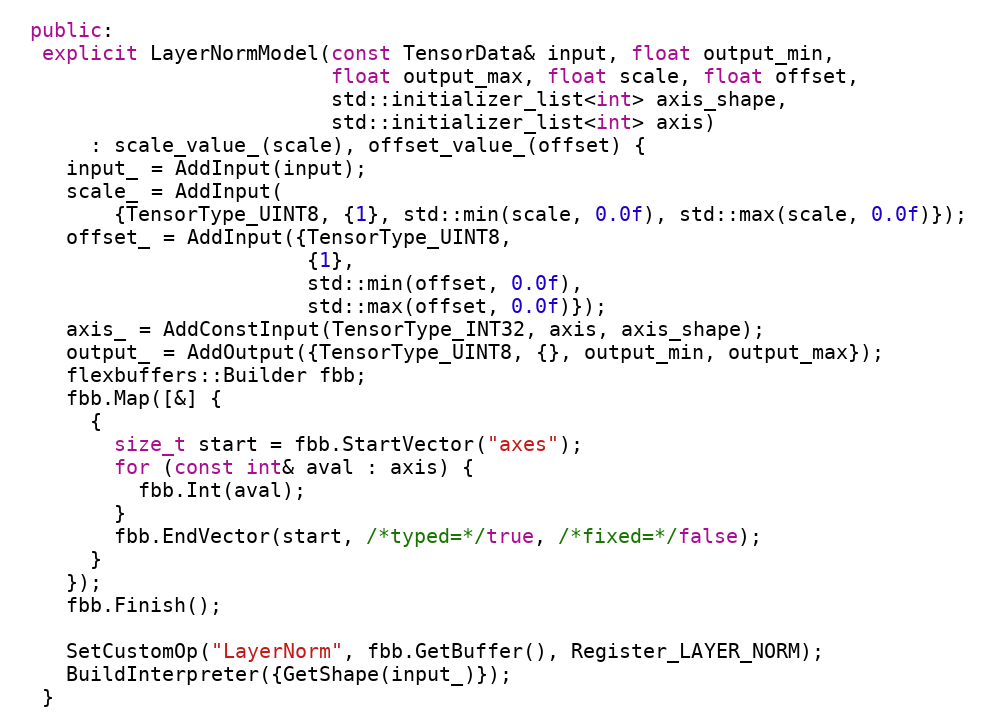
Language: C++
 public:
  explicit LayerNormModel(const TensorData& input, float output_min,
                          float output_max, float scale, float offset,
                          std::initializer_list<int> axis_shape,
                          std::initializer_list<int> axis)
      : scale_value_(scale), offset_value_(offset) {
    input_ = AddInput(input);
    scale_ = AddInput(
        {TensorType_UINT8, {1}, std::min(scale, 0.0f), std::max(scale, 0.0f)});
    offset_ = AddInput({TensorType_UINT8,
                        {1},
                        std::min(offset, 0.0f),
                        std::max(offset, 0.0f)});
    axis_ = AddConstInput(TensorType_INT32, axis, axis_shape);
    output_ = AddOutput({TensorType_UINT8, {}, output_min, output_max});
    flexbuffers::Builder fbb;
    fbb.Map([&] {
      {
        size_t start = fbb.StartVector("axes");
        for (const int& aval : axis) {
          fbb.Int(aval);
        }
        fbb.EndVector(start, /*typed=*/true, /*fixed=*/false);
      }
    });
    fbb.Finish();

    SetCustomOp("LayerNorm", fbb.GetBuffer(), Register_LAYER_NORM);
    BuildInterpreter({GetShape(input_)});
  }